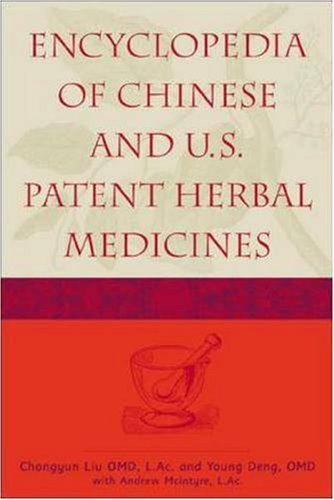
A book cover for Encyclopedia of Chinese and U.S. Patent Herbal Medicines; C. L. Liu; Medical Books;